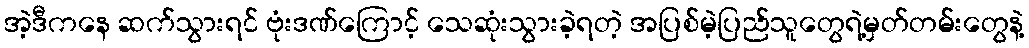
အဲ့ဒီကနေ ဆက်သွားရင် ဗုံးဒဏ်ကြောင့် သေဆုံးသွားခဲ့ရတဲ့ အပြစ်မဲ့ပြည်သူတွေရဲ့မှတ်တမ်းတွေနဲ့